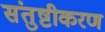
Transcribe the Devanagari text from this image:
संतुष्टीकरण